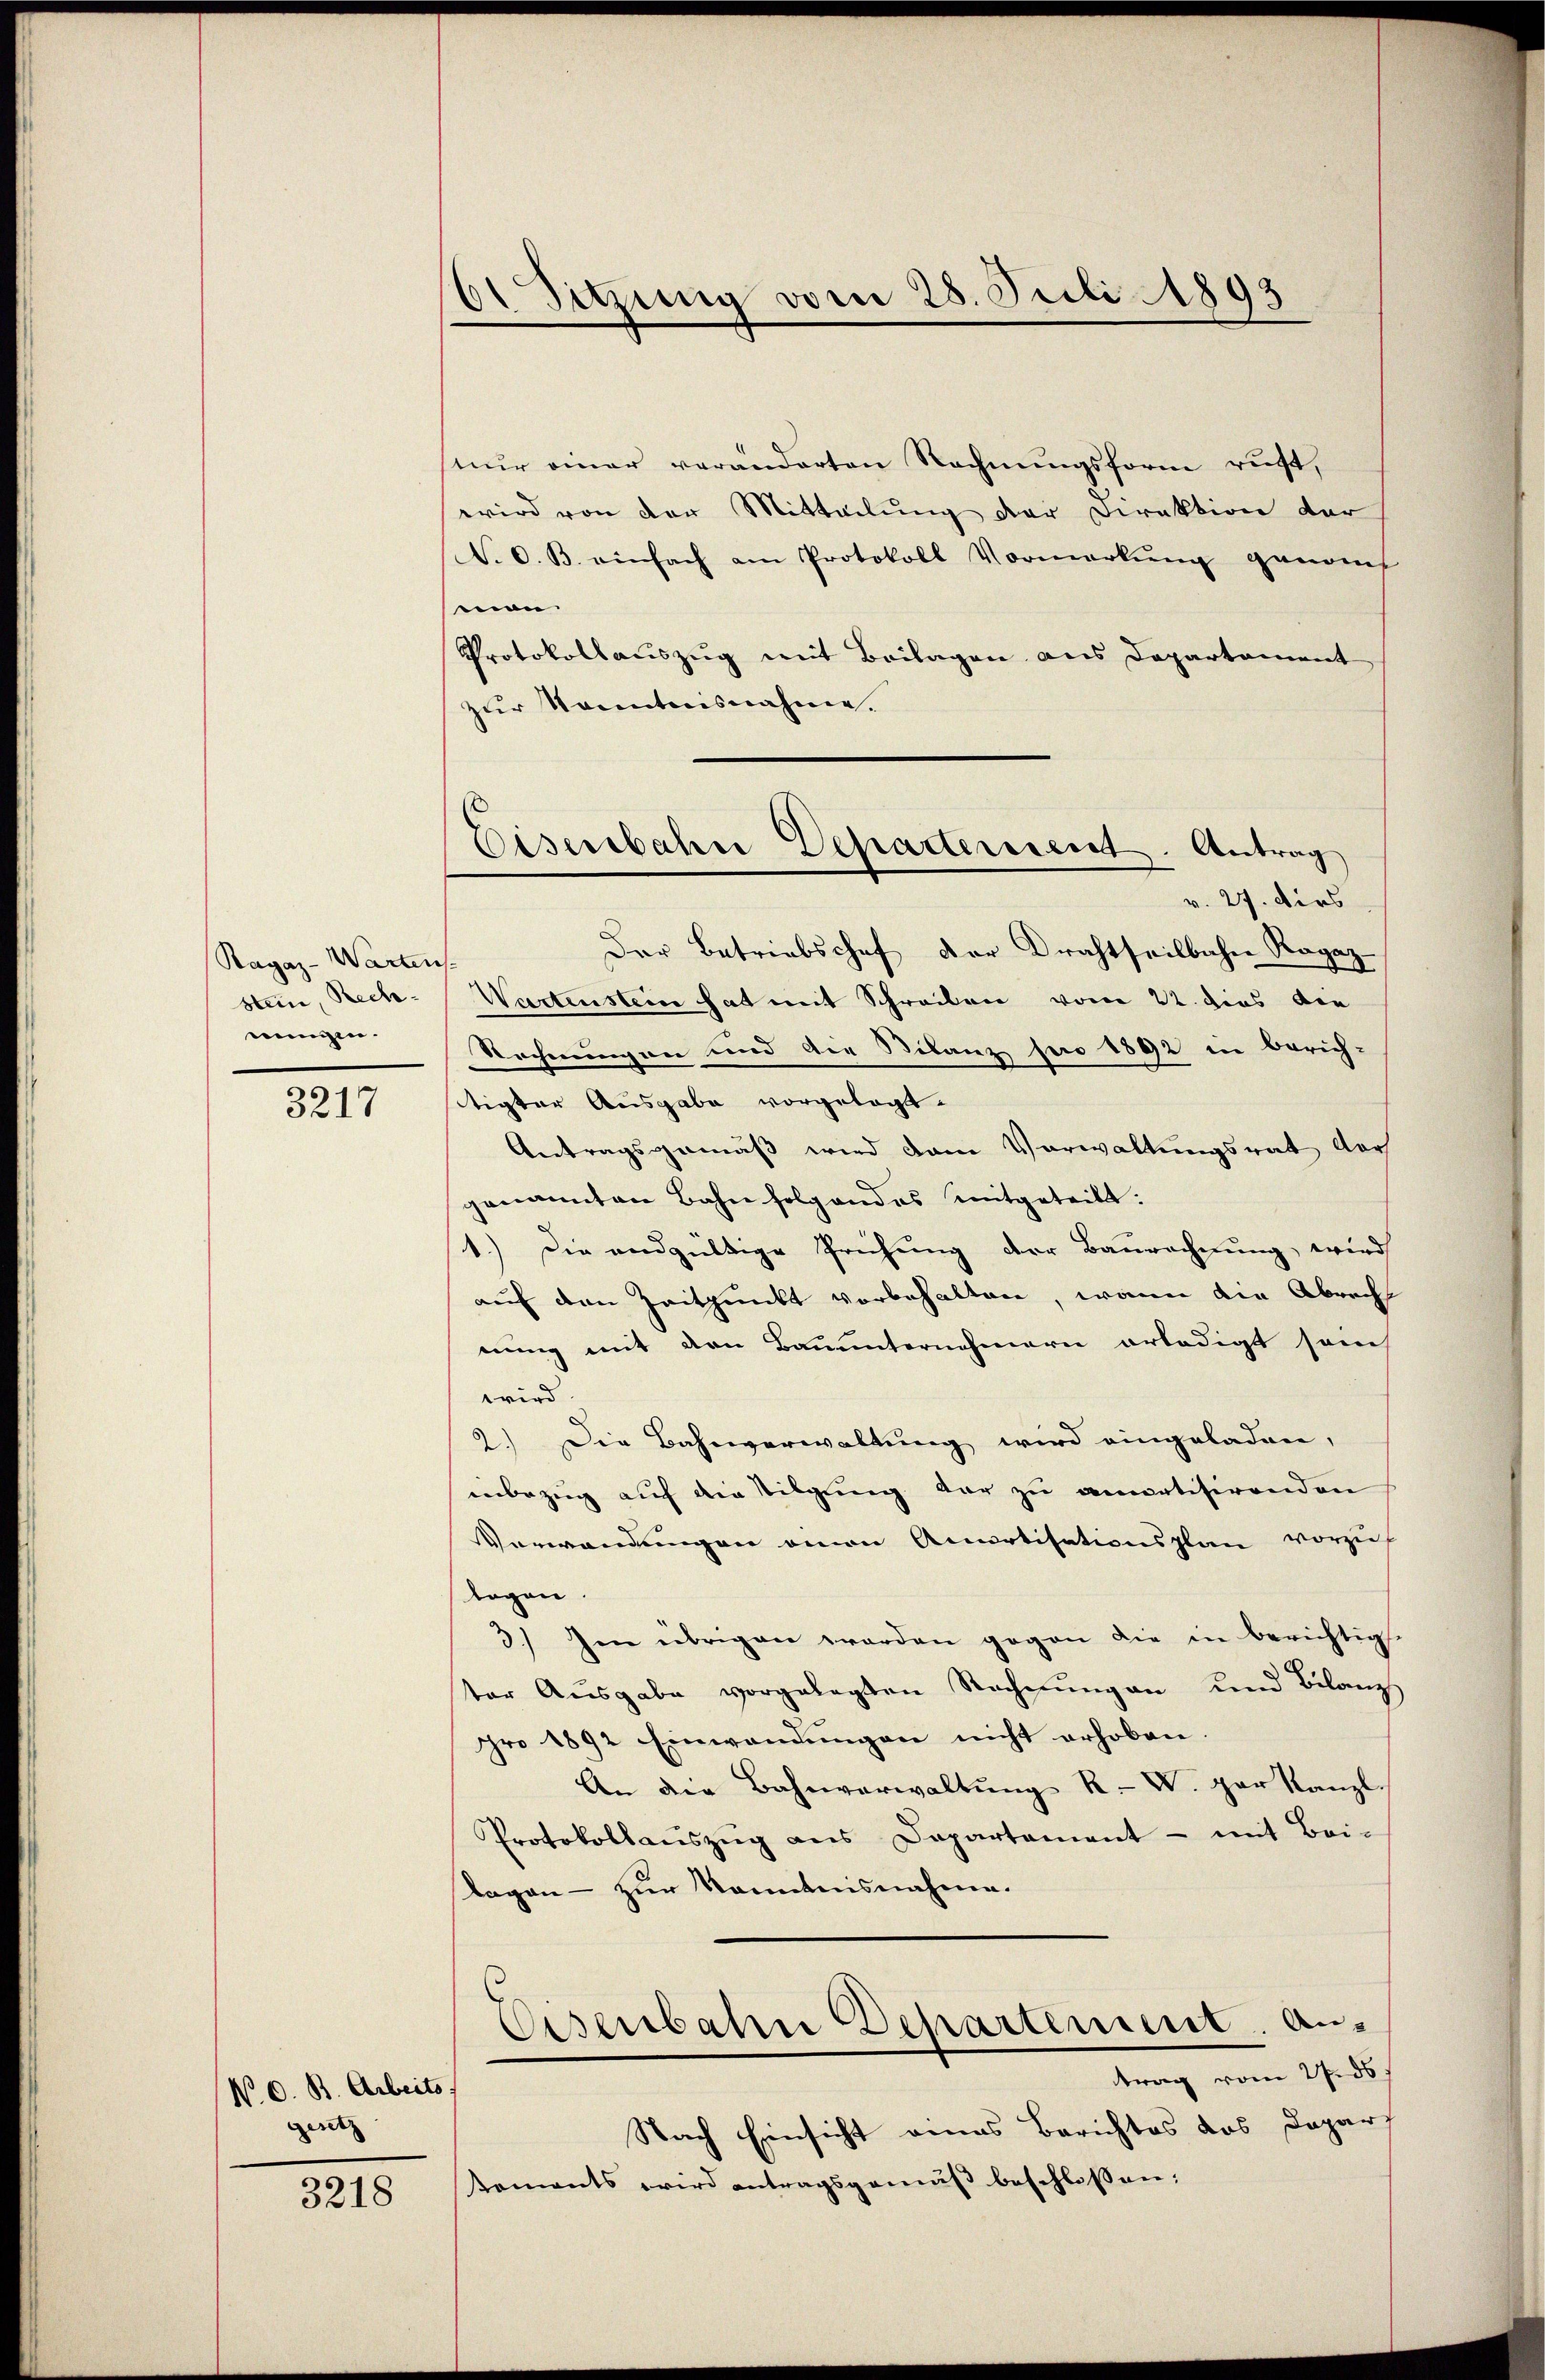
Ragaz-Wartens
sten, Rechnungen.

3217

N. O. B. Arbeits
gesetz

3218

O Sitzung vom 28. Juli 1893

nŭr einer veränderten Rechnŭngsform ruft,
wird von der Mitteilung der Direktion der
N. O. B. einfach am Protokoll Vormerkŭng genom
mon.
Protokollauszug mit Beilagen aus Departement
zur Sonntensnahme.
Der Betriebschef der Drahtheilbahn Ragaz
Wartenstein hat mit Schreiben vom 22. dies die
Rechnungen und die Bilanz pro 1892 in Zürich-
tigter Ausgabe vorgelegt.
Antragsgemäß wird dem Vorwaltungsrat der
genannten Bahn folgendes mitgeteilt.
1.) Die endgültige Prüfung der Baurechnung, wird
auf den Zeitpunkt vorbehalten, wenn die Abrech
nung mit den Bauunternehmern erledigt sein
wird.
2.) Die Bahnverwaltung wird eingeladen,
inbezug auf die Tilgung der zu amatisirenden
Verwendungen einen Anartisationsplan vorzuf
logen.
3.) Im übrigen werden gegen die in berichtige
ter Ausgabe vorgelegten Rechnungen und Bilanz
pro 1892 Einwendungen nicht erhoben
An die Bahnverwaltŭng R. V. gar kanzl.
Protokollauszug aus Departement - mit Bei-
Tagen - zur Kenntnisnahme.
Eisenbahn Departement. Antrag vom 27. ds
Nach Einsicht eines Berichtes das Daparf
Koments wird antragsgemäβ beschlossen:

Eisenbahne Departement. Antrag
v. 27. dies